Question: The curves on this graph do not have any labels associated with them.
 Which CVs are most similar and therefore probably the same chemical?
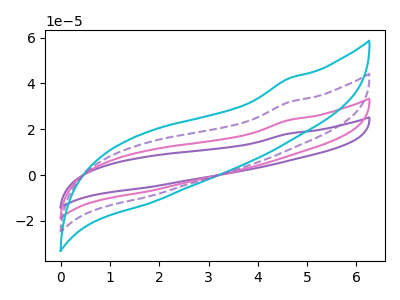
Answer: <think>The purple curve "purple" has no peaks. The pink curve "pink" has no peaks. The cyan curve "cyan" has no peaks. The purple dashed curve "purple dashed" has no peaks.
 Neither "purple" or "pink" have any peaks. Neither "purple" or "cyan" have any peaks. Neither "purple" or "purple dashed" have any peaks. Neither "pink" or "cyan" have any peaks. Neither "pink" or "purple dashed" have any peaks. Neither "cyan" or "purple dashed" have any peaks.</think>
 <answer>"cyan", "purple", "pink" and "purple dashed" have the same shape and are likely CV's of the same chemical.</answer>
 <eval>"cyan" "purple" "pink" "purple dashed"</eval>